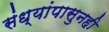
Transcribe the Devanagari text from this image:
संध्यांपासुनही